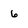
Character: 6